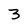
Character: 3